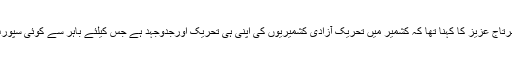
تحریک آزادی پر بیرونی حمایت کا بھارتی پروپیگنڈا گمراہ کن قرار دیتے ہوئے سرتاج عزیز کا کہنا تھا کہ کشمیر میں تحریک آزادی کشمیریوں کی اپنی ہی تحریک اورجدوجہد ہے جس کیلئے باہر سے کوئی سپورٹ حاصل نہیں ہے وہ جو کچھ بھی کررہے ہیں اپنی مدد آپ کے تحت کررہے ہیں۔